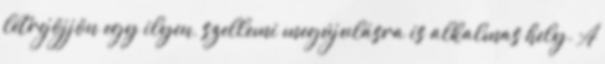
létrejöjjön egy ilyen, szellemi megújulásra is alkalmas hely. A